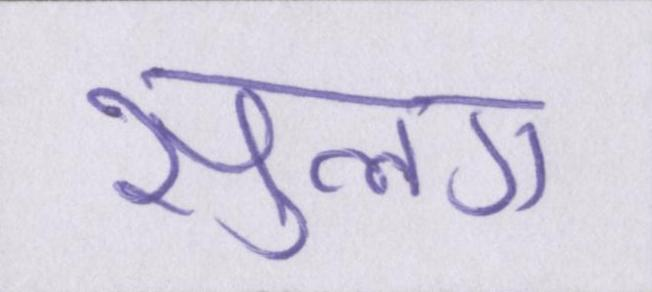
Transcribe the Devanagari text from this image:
सुलग